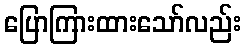
ပြောကြားထားသော်လည်း